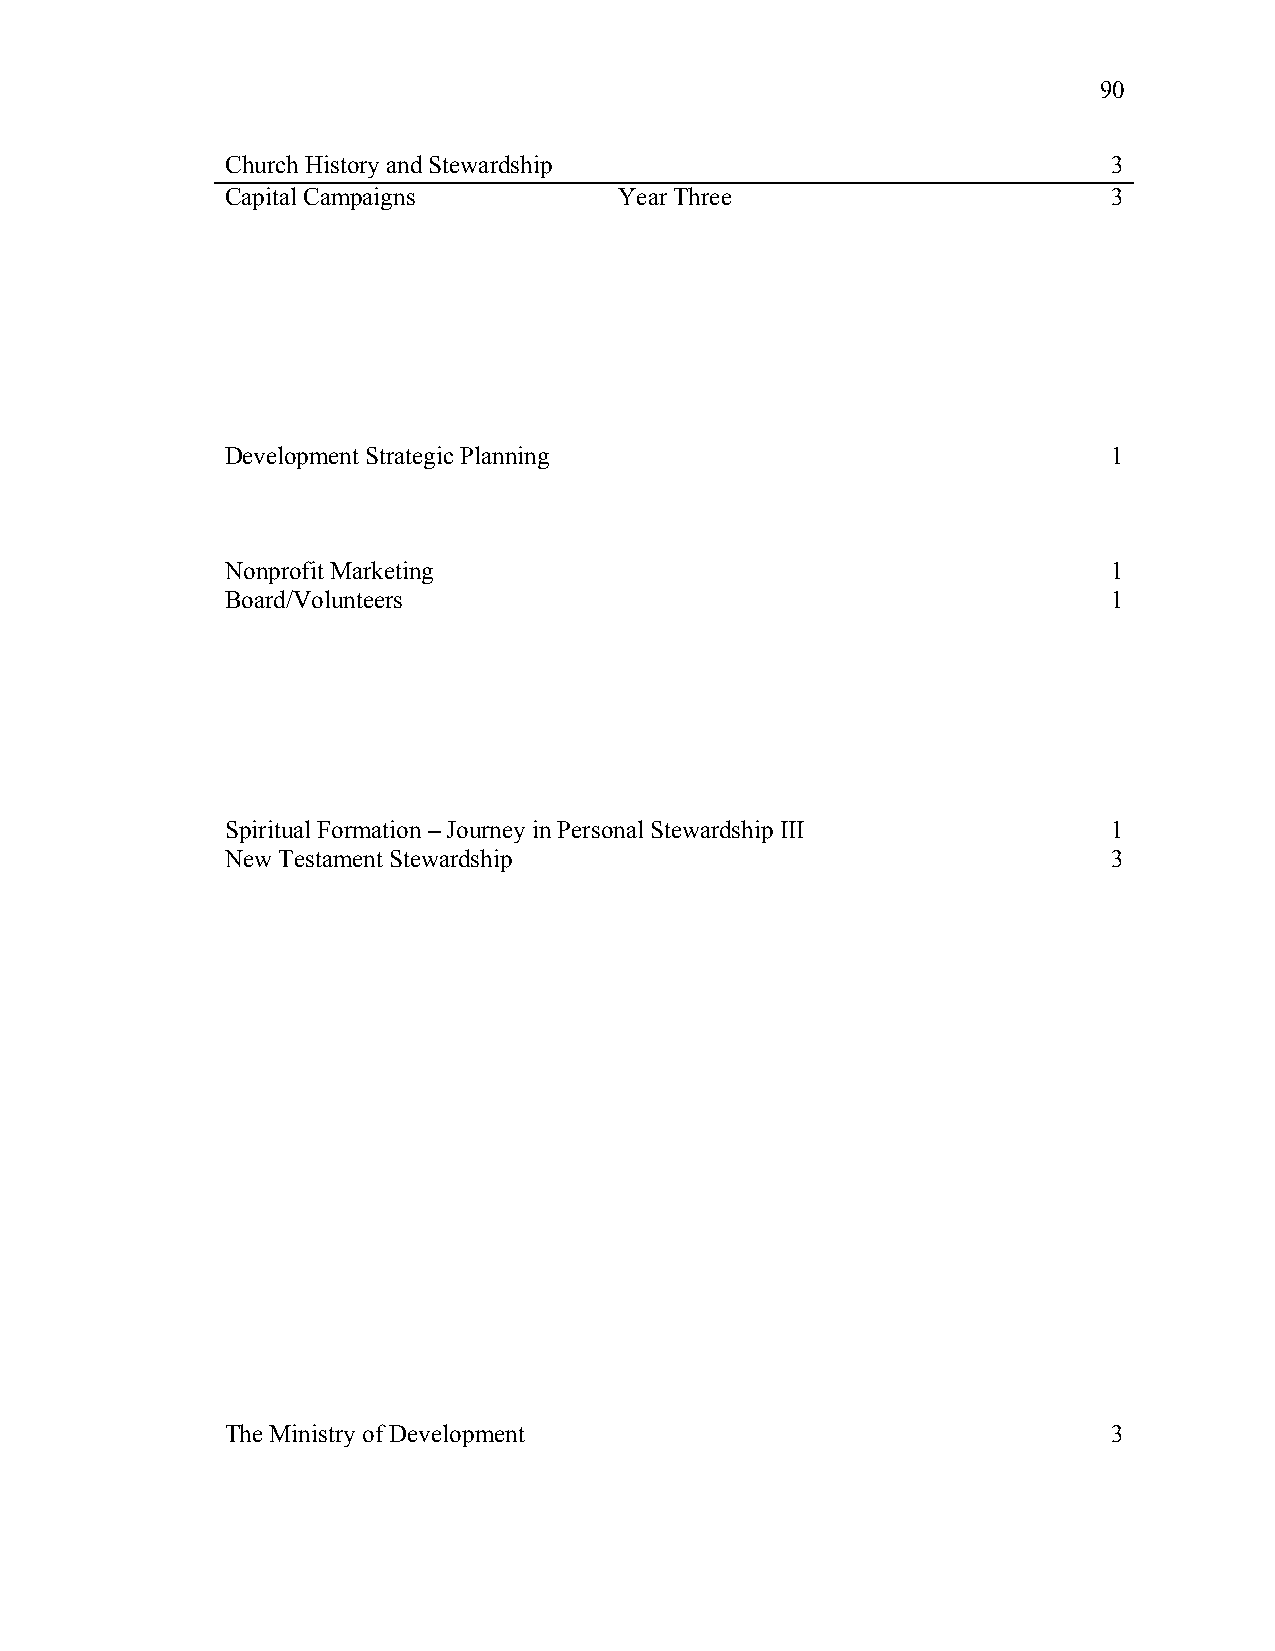
90
 Church History and Stewardship                             3
 Capital Campaigns         Year Three                       3
 Development Strategic Planning                             1
 Nonprofit Marketing                                        1
 Board/Volunteers                                           1
 Spiritual Formation – Journey in Personal Stewardship III  1
 New Testament Stewardship                                  3
 The Ministry of Development                                3